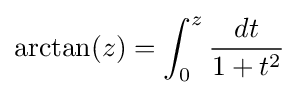
\arctan(z)=\int _{0}^{z}{\frac {dt}{1+t^{2}}}